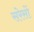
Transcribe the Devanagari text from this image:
सरेसों